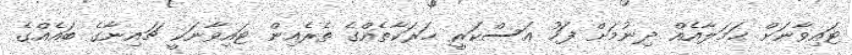
ޓައިވާނަށް ޙަމަލާއެއް ދިނުމަށް ފަހު ޢަސްކަރީ ޙަރަކާތެއްގެ ތެރެއިން ޓައިވާނަކީ ޗައިނާގެ ބައެއްގެ